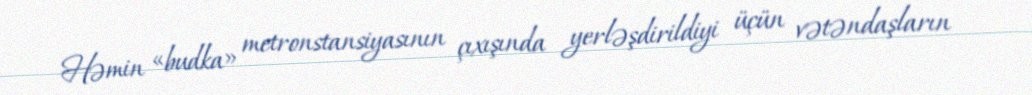
Həmin «budka» metronstansiyasının çıxışında yerləşdirildiyi üçün vətəndaşların